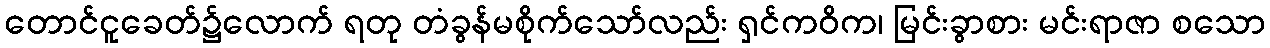
တောင်ငူခေတ်၌လောက် ရတု တံခွန်မစိုက်သော်လည်း ရှင်ကဝိက၊ မြင်းခွာစား မင်းရာဇာ စသော